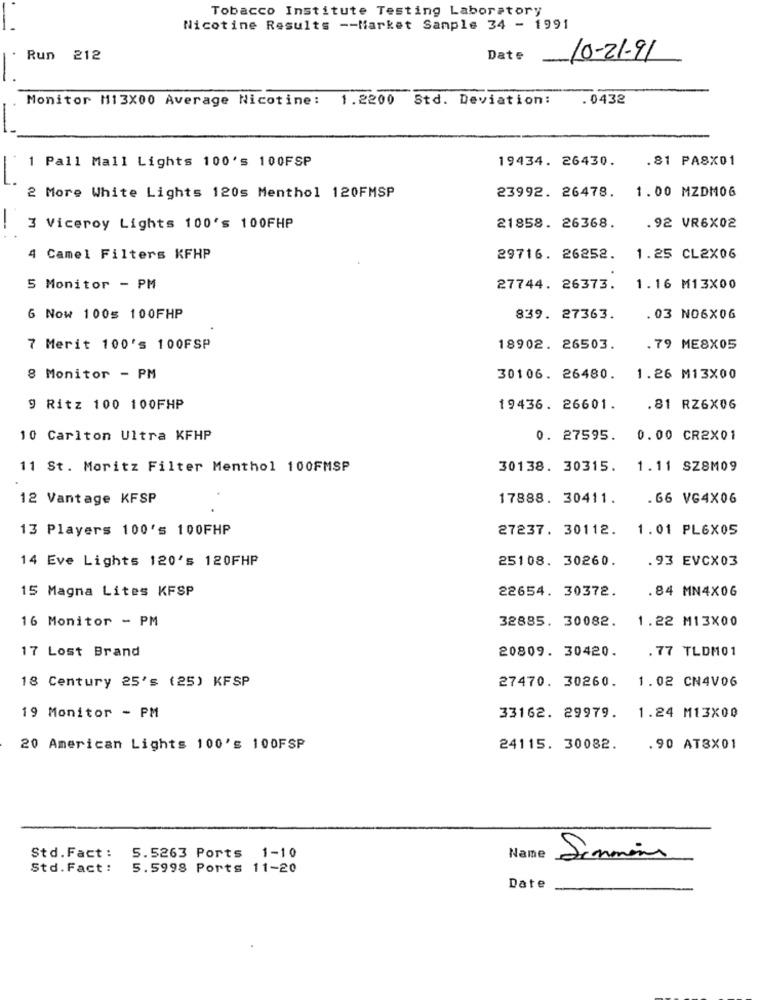
Tobacco Institute Testing Laboratory
Nicotine Results -- Market Sample 34 - 1991
Run 212
Date
10-21-91
Monitor M113X00 Average Nicotine: 1.2200 Std. Deviation:
.0432
1 Pall Mall Lights 100's 100FSP
19434. 26430.
.81 PA8X01
1.00 MZDM06
2 More White Lights 120s Menthol 120FMSP
23992. 26478.
3 Viceroy Lights 100's 100FHP
21858. 26368.
.92 VR6X02
4 Camel Filters KFHP
29716. 26252.
1.25 CL2X06
5 Monitor - PM
27744. 26373.
1.16 M13X00
G Now 100= 100FHP
839. 27363.
. 03 NO6X0G
7 Merit 100's 100FSP
18902. 26503.
.79 ME8X05
8 Monitor - PM
30106. 26480.
1.26 M13X00
9 Ritz 100 100FHP
19436. 26601.
.81 RZ6X06
10 Carlton Ultra KFHP
0. 27595.
0.00 CR2X01
11 St. Moritz Filter Menthol 100FMSP
30138. 30315.
1.11 SZ8M09
12 Vantage KFSP
17888. 30411.
.66 VG4X06
13 Players 100's 100FHP
27237. 30112.
1.01 PL6X05
14 Eve Lights 120's 120FHP
25108. 30260.
. 93 EVCX03
15 Magna Lites KFSP
22654. 30372.
. 84 MN4X06
16 Monitor - PM
32885. 30082.
1.22 M13X00
17 Lost Brand
20809. 30420.
.77 TLDM01
18 Century 25's (25) KFSP
27470. 30260.
1.02 CN4V0G
19 Monitor - PM
33162. 29979.
1.24 M13X00
20 American Lights 100's 100FSP
24115. 30082.
.90 ATBX01
Std. Fact :
5.5263 Ports 1-10
Name
Simmons
Std.Fact :
5.5998 Ports 11-20
Date